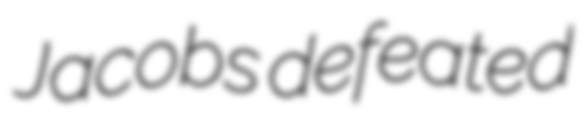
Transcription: Jacobs defeated